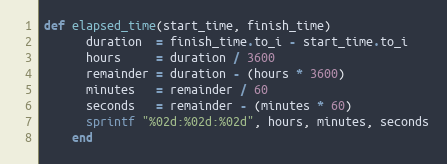
Language: Ruby
def elapsed_time(start_time, finish_time)
      duration  = finish_time.to_i - start_time.to_i
      hours     = duration / 3600
      remainder = duration - (hours * 3600)
      minutes   = remainder / 60
      seconds   = remainder - (minutes * 60)
      sprintf "%02d:%02d:%02d", hours, minutes, seconds
    end